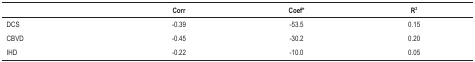
<table><thead><tr><td><b> </b></td><td><b>Corr</b></td><td><b>Coef*</b></td><td><b>R<sup>2</sup></b></td></tr></thead><tbody><tr><td>DCS</td><td>-0.39</td><td>-53.5</td><td>0.15</td></tr><tr><td>CBVD</td><td>-0.45</td><td>-30.2</td><td>0.20</td></tr><tr><td>IHD</td><td>-0.22</td><td>-10.0</td><td>0.05</td></tr></tbody></table>